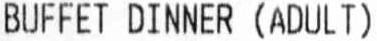
BUFFET DINNER (ADULT)